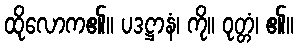
ထိုလောက၏။ ပဒဋ္ဌာနံ၊ ကို။ ဝုတ္တံ၊ ၏။